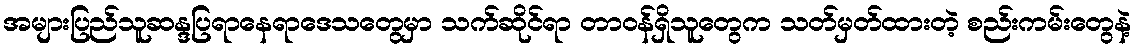
အများပြည်သူဆန္ဒပြရာနေရာဒေသတွေမှာ သက်ဆိုင်ရာ တာဝန်ရှိသူတွေက သတ်မှတ်ထားတဲ့ စည်းကမ်းတွေနဲ့